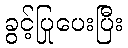
ခွင့်ပြုပေးပြီး